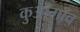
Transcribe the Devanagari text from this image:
कुआँगाँव